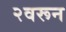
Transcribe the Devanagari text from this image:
२वरून